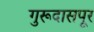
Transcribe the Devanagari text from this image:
गुरूदासपूर